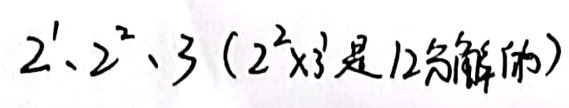
$2^1$、$2^2$、3（$2^2$\times3 是 12 分解的）